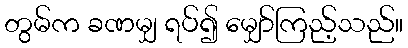
တွမ်က ခဏမျှ ရပ်၍ မျှော်ကြည့်သည်။